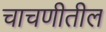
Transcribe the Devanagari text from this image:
चाचणीतील